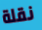
نقلة